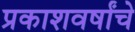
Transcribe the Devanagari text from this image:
प्रकाशवर्षांचे